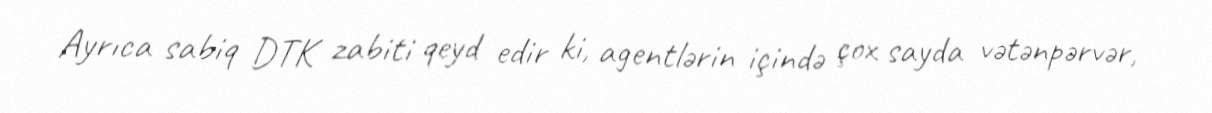
Ayrıca sabiq DTK zabiti qeyd edir ki, agentlərin içində çox sayda vətənpərvər,